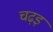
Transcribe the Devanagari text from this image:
चढ़इ